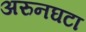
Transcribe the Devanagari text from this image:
अरुनघटा